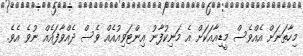
މިހާތަނަށް އެއްވެސް މީޑިއާއަކަށް އެ މަނިކުފާނު އިންޓަވިއުއެއް ވެސް ދެއްވާފައެއް ނުވެ އެވެ.